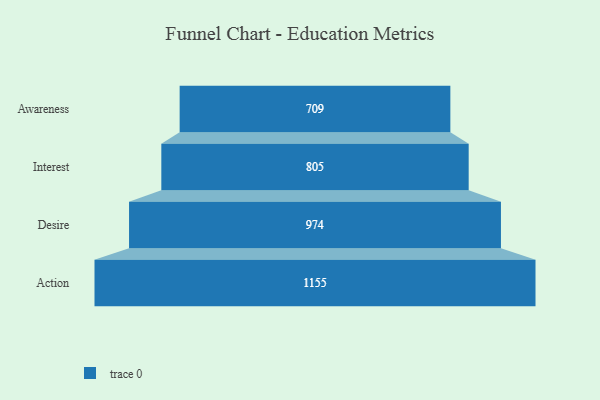
{"axis": {"x": "Stage", "y": "Value"}, "legend": [""], "data": [{"x": "Awareness", "y": 709.0, "type": ""}, {"x": "Interest", "y": 805.0, "type": ""}, {"x": "Desire", "y": 974.0, "type": ""}, {"x": "Action", "y": 1155.0, "type": ""}]}